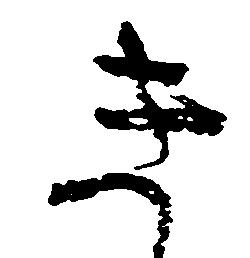
き